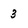
Character: 3